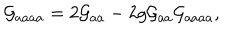
{ \cal G } _ { a a a a } = 2 { \cal G } _ { a a } - 2 g { \cal G } _ { a a } { \cal G } _ { a a a a } ,